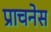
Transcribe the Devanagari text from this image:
प्राचनेस